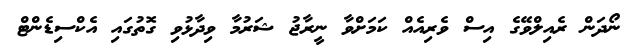
ނޯދަން ރެއިލްވޭގެ އިސް ވެރިއެއް ކަމަށްވާ ނީރާޖު ޝަރުމާ ވިދާޅުވި ގޮތުގައި އެކްސިޑެންޓް